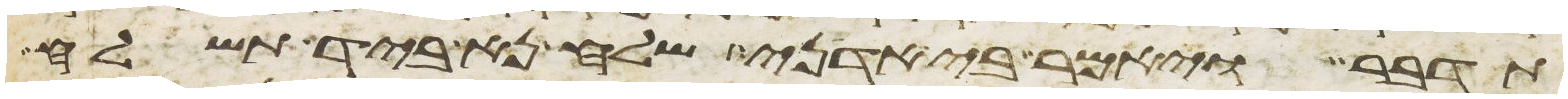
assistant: תדבר ויאמר בי אדני שלח נא ביד תשלח